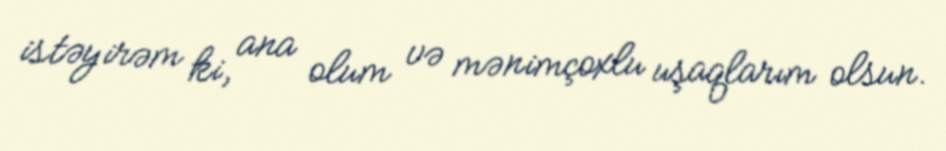
istəyirəm ki, ana olum və mənimçoxlu uşaqlarım olsun.